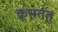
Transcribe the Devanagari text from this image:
क्रूसतंतु